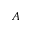
A